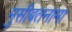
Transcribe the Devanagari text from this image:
मुसीबतनामा